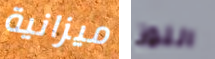
ميزانية اللوز